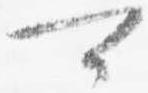
可